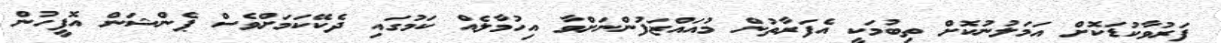
ފަރުވާކުޑަކޮށް އަމަލުނުކޮށް ތިބުމަކީ އެފަރާތުން މުއައްޒަފުންނަށްވާ އިހުމާލެއް ކަމުގައި ދެކޭކަމަށްވެސް ޕެންޝަން އޮފީހުން